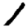
Digit: 1